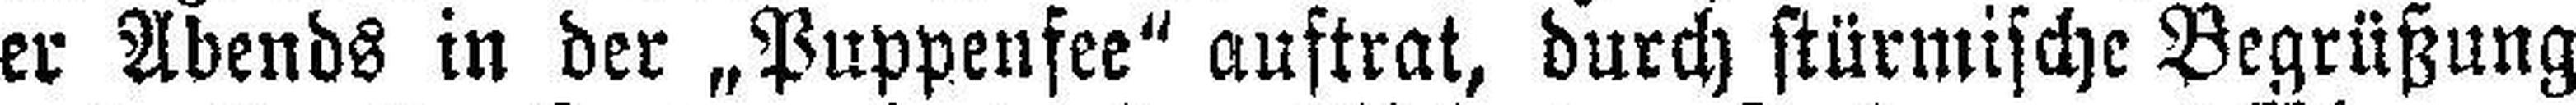
er Abends in der „Puppenfee“ auftrat, durch stürmische Begrüßung